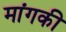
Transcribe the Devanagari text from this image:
मांगकी